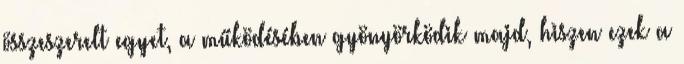
összeszerelt egyet, a működésében gyönyörködik majd, hiszen ezek a